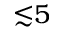
{ \lesssim } 5